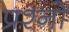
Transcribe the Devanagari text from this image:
प्रश्नोँ